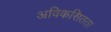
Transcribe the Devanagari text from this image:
अविकसितता